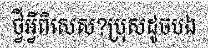
ថ្វីអ្វីពិសេស?ប្រុសដូចបង